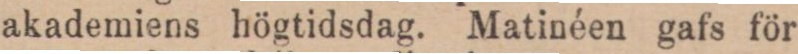
akademiens högtidsdag. Matinéen gafs för